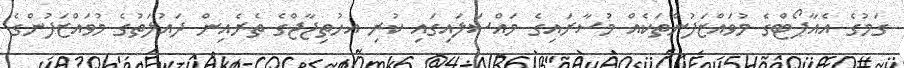
ގަމުގެ އެއާޕޯޓްގެ މުވައްޒަފުންތަކެއް މުސާރައިގެ މައްސަލައިގައި ކުރި އހުތިޖާޖްގެ ތެރެއިން ދައުލަތުގެ މުވައްޒަފުންގެ